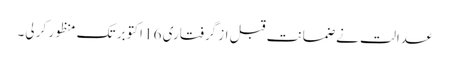
عدالت نے ضمانت قبل از گرفتاری 16 اکتوبر تک منظور کر لی۔